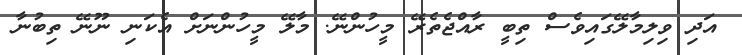
އަދި ވިލިމާލޭގައިވެސް ތިބީ ރާއްޖެތެރޭ މީހުންނޭ. މާލޭ މީހުންނަށް އެކަނި ނޫނޭ ތިބުނާ